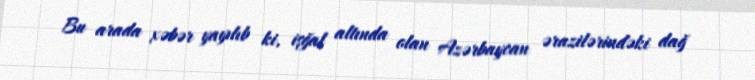
Bu arada xəbər yayılıb ki, işğal altında olan Azərbaycan ərazilərindəki dağ